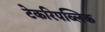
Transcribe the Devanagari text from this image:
टेकरिपब्लिक